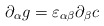
\begin{align*}\partial_{\alpha} g =\varepsilon_{\alpha \beta} \partial_{\beta} c\end{align*}